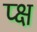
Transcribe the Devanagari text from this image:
प्क्ष